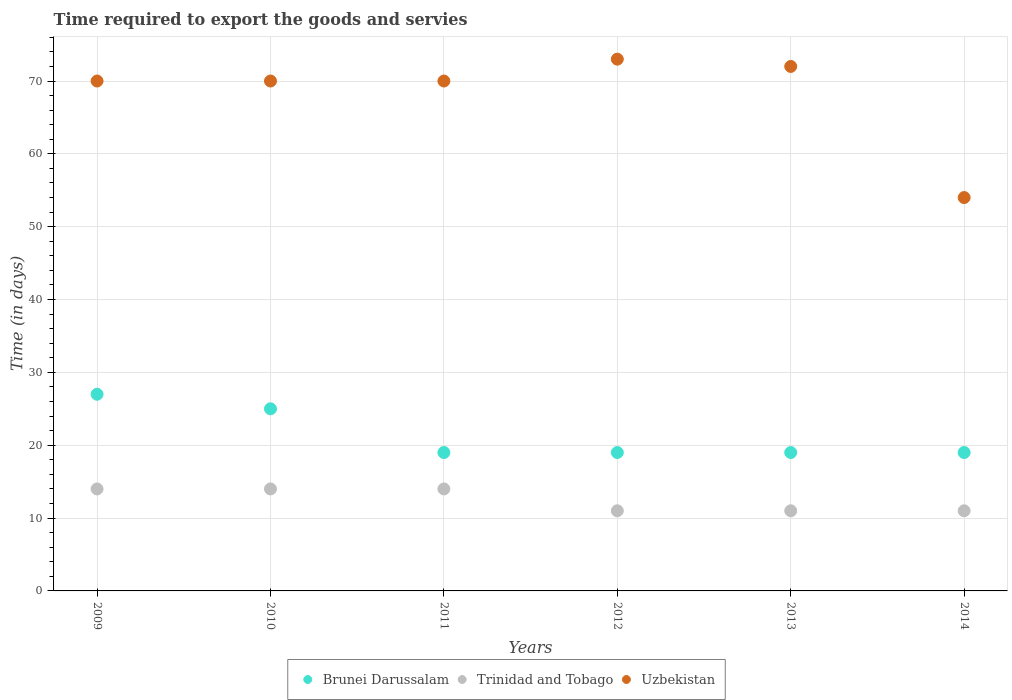
| Years | Brunei Darussalam | Trinidad and Tobago | Uzbekistan |
 | --- | --- | --- | --- |
 | 2009 | 27 | 14 | 70 |
 | 2010 | 25 | 14 | 70 |
 | 2011 | 19 | 14 | 70 |
 | 2012 | 19 | 11 | 73 |
 | 2013 | 19 | 11 | 72 |
 | 2014 | 19 | 11 | 54 |